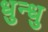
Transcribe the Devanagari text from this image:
धुन्धु